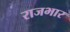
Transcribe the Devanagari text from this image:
राजभार